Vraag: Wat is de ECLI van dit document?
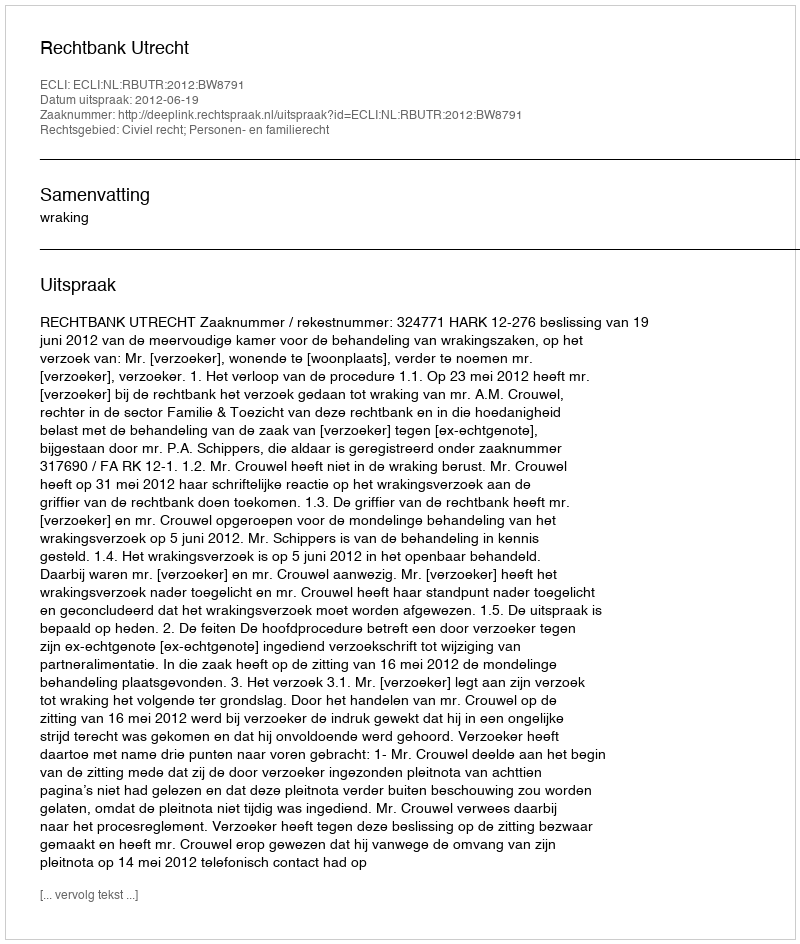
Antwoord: ECLI:NL:RBUTR:2012:BW8791